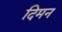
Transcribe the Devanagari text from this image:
दिमन